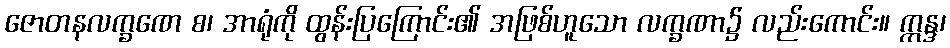
ဇောတနလက္ခဏေ စ၊ အာရုံကို ထွန်းပြကြောင်း၏ အဖြစ်ဟူသော လက္ခဏာ၌ လည်းကောင်း။ ဣန္ဒ၊